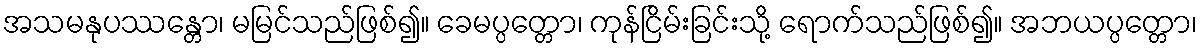
အသမနုပဿန္တော၊ မမြင်သည်ဖြစ်၍။ ခေမပ္ပတ္တော၊ ကုန်ငြိမ်းခြင်းသို့ ရောက်သည်ဖြစ်၍။ အဘယပ္ပတ္တော၊